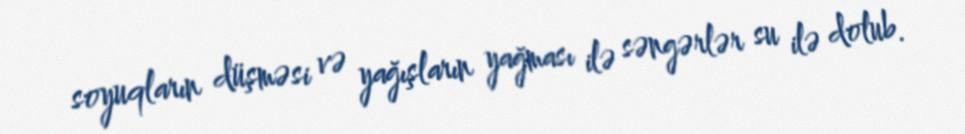
soyuqların düşməsi və yağışların yağması ilə səngərlər su ilə dolub.